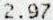
2.97